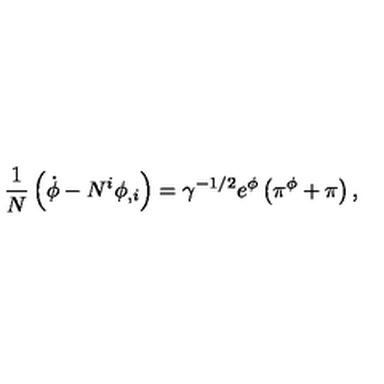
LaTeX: \frac { 1 } { N } \left( \dot { \phi } - N ^ { i } \phi _ { , i } \right) = \gamma ^ { - 1 / 2 } e ^ { \phi } \left( \pi ^ { \phi } + \pi \right) ,